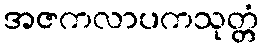
အဇကလာပကသုတ္တံ